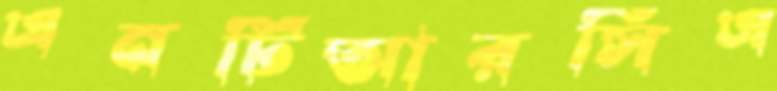
এনটিআরসিএ